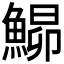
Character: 𩹡